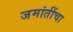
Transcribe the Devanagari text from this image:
जमांतींचा